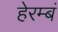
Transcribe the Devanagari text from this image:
हेरम्बं